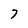
Character: 7